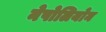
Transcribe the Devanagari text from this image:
नेपोलियोन